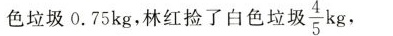
色垃圾0.75kg，林红捡了白色垃圾 $$\frac{ 4 } { 5 } k g$$